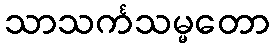
သာသင်္ကသမ္မတော